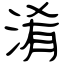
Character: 淆